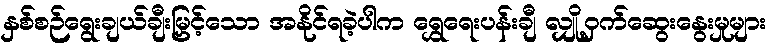
နှစ်စဉ်ရွေးချယ်ချီးမြှင့်သော အနိုင်ရခဲ့ပါက ရွှေရေးပန်းချီ လျှို့ဝှက်ဆွေးနွေးမှုများ